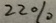
2 2 \%